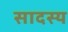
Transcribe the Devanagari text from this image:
सादस्य